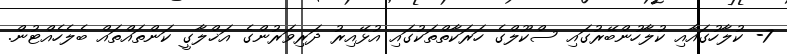
7- ކުލާހުގައާއި ކުލާހުންބޭރުގައި ސްކޫލްގެ ހަރަކާތްތަކުގައި އުޅޭއިރު ދަރިވަރުންގެ އަޚްލާގީ ކަންތައްތައް ބެލެހެއްޓުން.